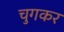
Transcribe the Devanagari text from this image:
चुगकर